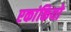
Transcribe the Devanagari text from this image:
एकांकियो